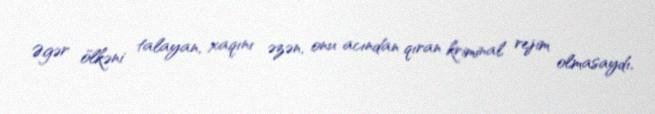
Əgər ölkəni talayan, xaqını əzən, onu acından qıran kriminal rejim olmasaydı,